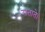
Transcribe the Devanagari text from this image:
सताते।